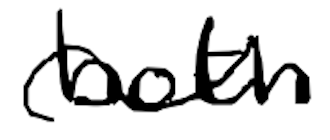
Text: both
Cross-out: mix
Writing tool: digital_black